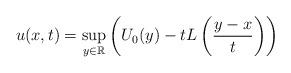
LaTeX: \begin{align*}u(x,t)=\sup_{y \in \mathbb{R}} \left(U_0(y)-tL\left(\frac{y-x}{t}\right)\right)\end{align*}